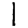
Digit: 1